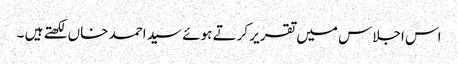
اس اجلاس میں تقریر کرتے ہوئے سید احمد خاں لکھتے ہیں ۔